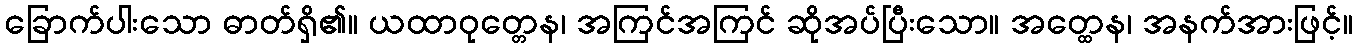
ခြောက်ပါးသော ဓာတ်ရှိ၏။ ယထာဝုတ္တေန၊ အကြင်အကြင် ဆိုအပ်ပြီးသော။ အတ္ထေန၊ အနက်အားဖြင့်။